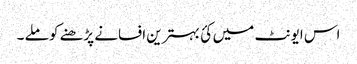
اس ایونٹ میں کئ بہترین افسانے پڑھنے کو ملے ۔